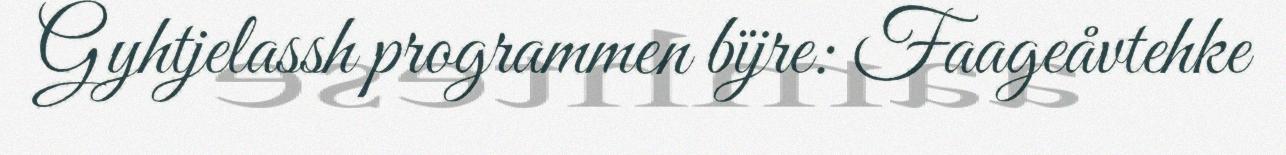
Gyhtjelassh programmen bïjre: Faageåvtehke